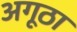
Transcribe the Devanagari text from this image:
अगूठा